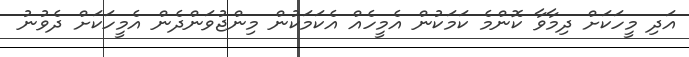
އަދި މީހަކަށް ދިމާވާ ކޮންމެ ކަމަކުން އެމީހެއް އެކަމަކުން މިންޖުވަންދެން އެމީހަކަށް ދެވުނު